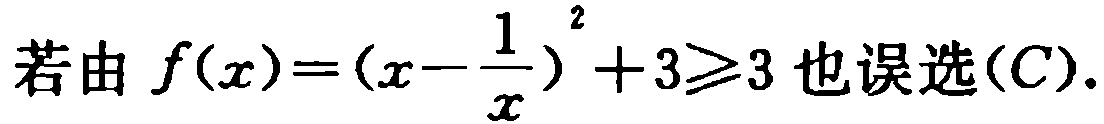
若由 \(f(x)=(x - \frac{1}{x})^2 + 3\geq3\) 也误选\((C)\).